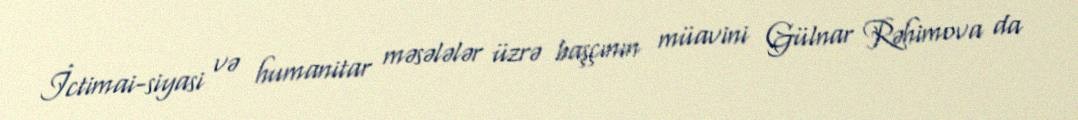
İctimai-siyasi və humanitar məsələlər üzrə başçının müavini Gülnar Rəhimova da